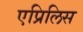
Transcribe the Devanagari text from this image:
एप्रिलिस